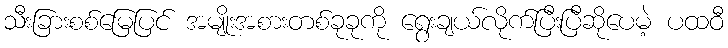
သီးခြားစစ်မြေပြင် အမျိုးအစားတစ်ခုခုကို ရွေးချယ်လိုက်ပြီးပြီဆိုပေမဲ့ ပထဝီ